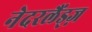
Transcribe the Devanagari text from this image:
नेदरलैंड्ज़